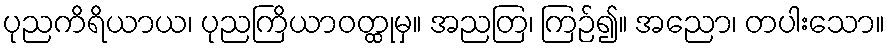
ပုညကိရိယာယ၊ ပုညကြိယာဝတ္ထုမှ။ အညတြ၊ ကြဉ်၍။ အညော၊ တပါးသော။